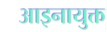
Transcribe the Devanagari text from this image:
आइनायुक्त